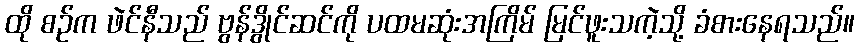
ထို စဉ်က ဖဲင်နီသည် ဗွန်ဒွိုင်ဆင်ကို ပထမဆုံးအကြိမ် မြင်ဖူးသကဲ့သို့ ခံစားနေရသည်။